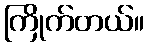
ကြိုက်တယ်။